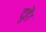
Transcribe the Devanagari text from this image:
दुहें।